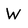
Character: W